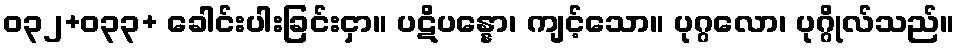
ဝ၃၂+၀၃၃+ ခေါင်းပါးခြင်းငှာ။ ပဋိပန္နော၊ ကျင့်သော။ ပုဂ္ဂလော၊ ပုဂ္ဂိုလ်သည်။